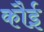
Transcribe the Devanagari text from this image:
कौई